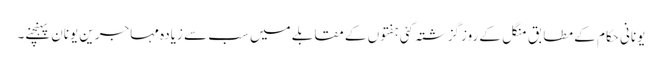
یونانی حکام کے مطابق منگل کے روز گزشتہ کئی ہفتوں کے مقابلے میں سب سے زیادہ مہاجرین یونان پہنچنے۔